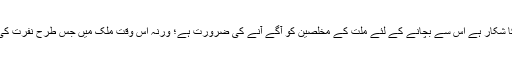
آخر میں یہ بتانا ضروری سمجھتا ہوں کہ آج سماج جس تیزی کے ساتھ شکشت وریخت کا شکار ہے اس سے بچانے کے لئے ملت کے مخلصین کو آگے آنے کی ضرورت ہے؛ ورنہ اس وقت ملک میں جس طرح نفرت کی کھیتی کو پروان چڑھایا جارہا ہے وہ ملک کی سالمیت اور اسکی بقاء لئے نقصاندہ ثابت-